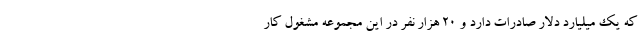
که یک میلیارد دلار صادرات دارد و ۲۰ هزار نفر در این مجموعه مشغول کار